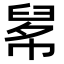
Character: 𦥱